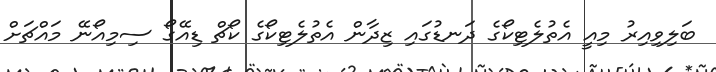
ބަލިވިއިރު މިއީ އެތުލެޓިކޯގެ ދަނޑުގައި ޒިދާން އެތުލެޓިކޯގެ ކޯޗް ޑިއޭގޯ ސިމިއޯނޭ މައްޗަށް